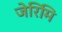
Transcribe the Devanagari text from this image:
जेरिमि